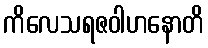
ကိလေသရဇဝါဟနောတိ